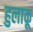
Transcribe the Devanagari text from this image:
हुलाकू